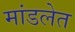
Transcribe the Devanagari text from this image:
मांडलेत